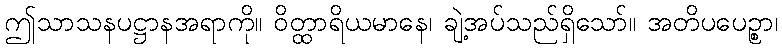
ဤသာသနပဋ္ဌာနအရာကို။ ဝိတ္ထာရိယမာနေ၊ ချဲ့အပ်သည်ရှိသော်။ အတိပပေဉ္စာ၊